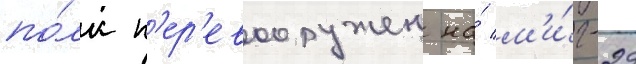
по́лк п'ер'евооружен на́ м'и́г-29